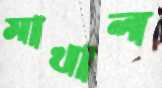
মাখাল